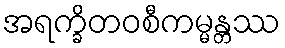
အရက္ခိတဝစီကမ္မန္တဿ